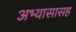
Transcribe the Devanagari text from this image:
अभ्यासासह